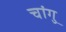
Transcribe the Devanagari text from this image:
चांगु